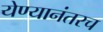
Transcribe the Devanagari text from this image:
येण्यानंतरच